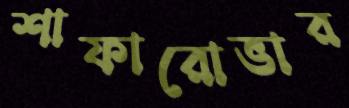
শাফারোভার